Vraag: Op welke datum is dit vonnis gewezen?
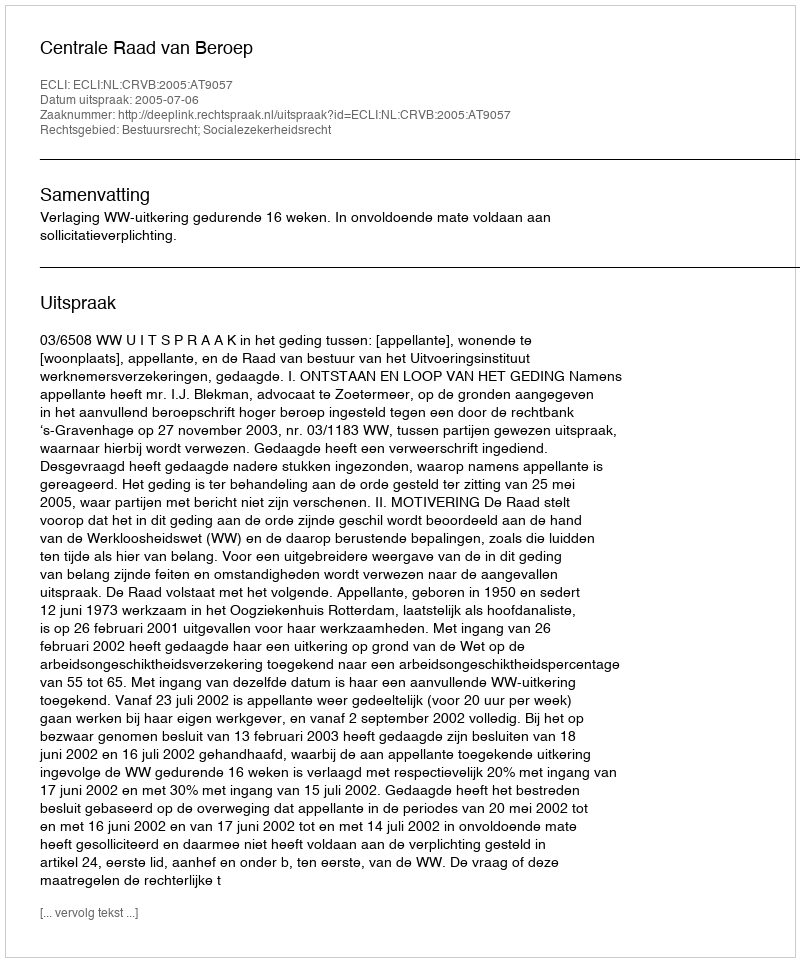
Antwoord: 2005-07-06